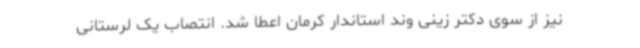
نیز از سوی دکتر زینی وند استاندار کرمان اعطا شد. انتصاب یک لرستانی